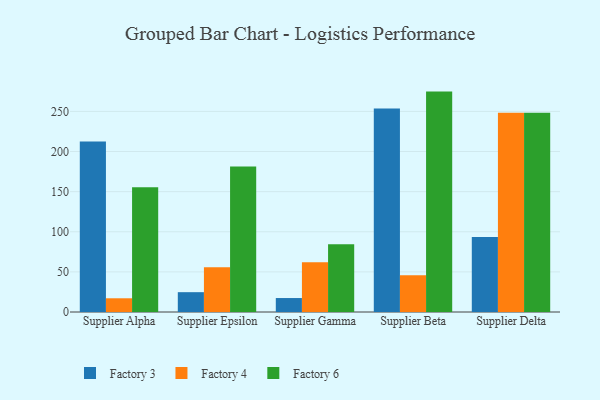
{"axis": {"x": "Supplier", "y": "Conversion Rate (%)"}, "legend": ["Factory 3", "Factory 4", "Factory 6"], "data": [{"x": "Supplier Alpha", "y": 212.5, "type": "Factory 3"}, {"x": "Supplier Alpha", "y": 17.1, "type": "Factory 4"}, {"x": "Supplier Alpha", "y": 155.6, "type": "Factory 6"}, {"x": "Supplier Epsilon", "y": 24.7, "type": "Factory 3"}, {"x": "Supplier Epsilon", "y": 55.9, "type": "Factory 4"}, {"x": "Supplier Epsilon", "y": 181.2, "type": "Factory 6"}, {"x": "Supplier Gamma", "y": 17.4, "type": "Factory 3"}, {"x": "Supplier Gamma", "y": 61.9, "type": "Factory 4"}, {"x": "Supplier Gamma", "y": 84.5, "type": "Factory 6"}, {"x": "Supplier Beta", "y": 253.5, "type": "Factory 3"}, {"x": "Supplier Beta", "y": 45.7, "type": "Factory 4"}, {"x": "Supplier Beta", "y": 274.7, "type": "Factory 6"}, {"x": "Supplier Delta", "y": 93.4, "type": "Factory 3"}, {"x": "Supplier Delta", "y": 248.2, "type": "Factory 4"}, {"x": "Supplier Delta", "y": 248.2, "type": "Factory 6"}]}